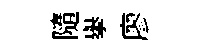
隨舉廖